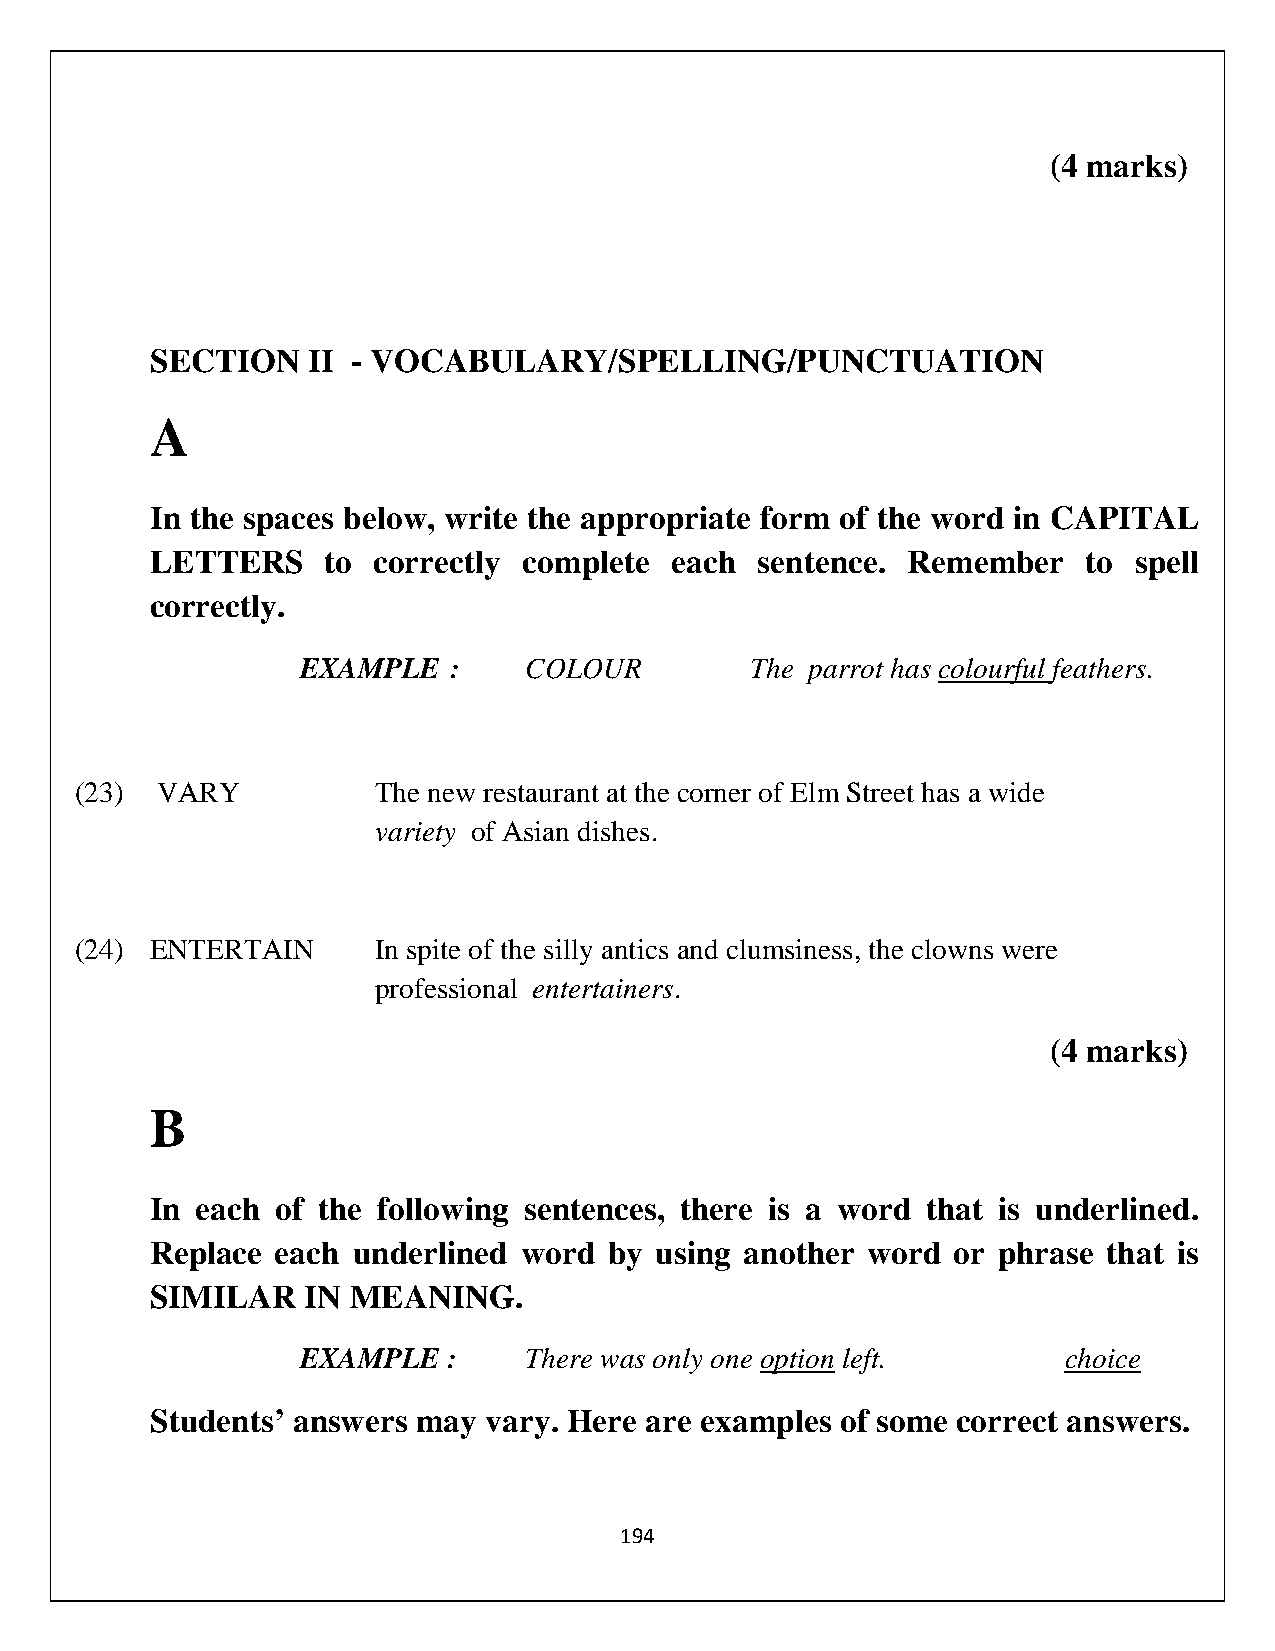
(4 marks)
 SECTION   II - VOCABULARY/SPELLING/PUNCTUATION
 A
 In the spaces below, write the appropriate form of the word in CAPITAL
 LETTERS     to correctly complete each  sentence. Remember    to spell
 correctly.
 EXAMPLE   :    COLOUR         The parrot has colourful feathers.
 (23) VARY           The new restaurant at the corner of Elm Street has a wide
 variety of Asian dishes.
 (24) ENTERTAIN      In spite of the silly antics and clumsiness, the clowns were
 professional entertainers.
 (4 marks)
 B
 In each of the following sentences, there is a word that is underlined.
 Replace each underlined word  by using another word  or phrase that is
 SIMILAR   IN MEANING.
 EXAMPLE   :    There was only one option left.    choice
 Students’ answers may vary. Here are examples of some correct answers.
 194